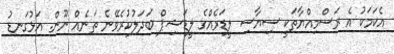
އެކަމަކު އެ ރަސްމިއްޔާތަކީ ސިޔާސި ލީޑަރެއްގެ ލީޑަޝިޕް ބަދަލުކުރެވޭނެ ތަނެއް ނޫން. އަޅުގަނޑު